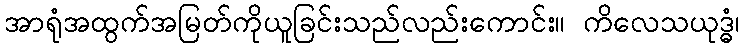
အာရုံအထွက်အမြတ်ကိုယူခြင်းသည်လည်းကောင်း။ ကိလေသယုဒ္ဓံ၊